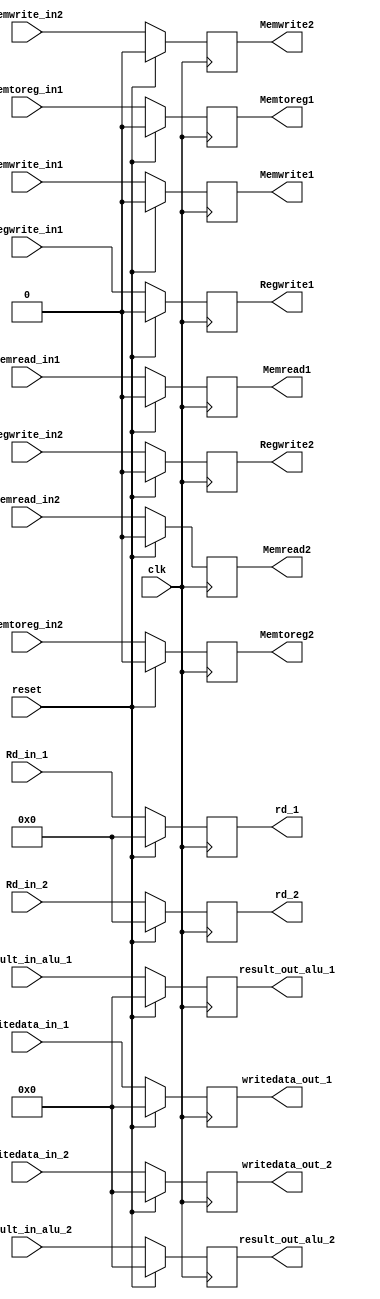
module EX_MEM(
  input clk,reset,
  input [7:0] Result_in_alu_1,
  input [7:0] Result_in_alu_2,
  input [7:0] writedata_in_1, //2 bit mux2by1 output for load operation ig
  input [7:0] writedata_in_2,
  input [4:0] Rd_in_1, //IDEX output address of the destnation reg
  input [4:0] Rd_in_2,
  input memread_in1,memtoreg_in1,memwrite_in1,regwrite_in1,
  input memread_in2,memtoreg_in2,memwrite_in2,regwrite_in2, //IDEXX outputs control inputs 

  output reg [7:0] result_out_alu_1,
  output reg [7:0] writedata_out_1,
  output reg [4:0]rd_1,
  output reg Memread1,Memtoreg1, Memwrite1, Regwrite1,
   output reg [7:0] result_out_alu_2,
  output reg [7:0] writedata_out_2,
  output reg [4:0]rd_2,
  output reg Memread2,Memtoreg2, Memwrite2, Regwrite2);
  
  always @ (posedge clk)
    begin
      if (reset == 1'b1)
        begin
        
          result_out_alu_1 <= 8'b0;
          writedata_out_1 <= 8'b0;
          rd_1 <= 5'b0;
          
          Memread1 <= 1'b0;
          Memtoreg1 <=1'b0;
          Memwrite1 <= 1'b0;
          Regwrite1 <= 1'b0;
          result_out_alu_2 <= 8'b0;
          writedata_out_2 <= 8'b0;
          rd_2 <= 5'b0;
          
          Memread2 <= 1'b0;
          Memtoreg2 <=1'b0;
          Memwrite2 <= 1'b0;
          Regwrite2 <= 1'b0;
          
        end
      else
        begin
         
          result_out_alu_1 <= Result_in_alu_1;
          writedata_out_1 <= writedata_in_1;
          rd_1 <= Rd_in_1;
          Memread1 <= memread_in1;
          Memtoreg1 <= memtoreg_in1;
          Memwrite1 <= memwrite_in1;
          Regwrite1 <= regwrite_in1;
                   result_out_alu_2 <= Result_in_alu_2;
          writedata_out_2 <= writedata_in_2;
          rd_2 <= Rd_in_2;
          Memread2 <= memread_in2;
          Memtoreg2 <= memtoreg_in2;
          Memwrite2 <= memwrite_in2;
          Regwrite2 <= regwrite_in2;
          
        end
    end
endmodule